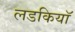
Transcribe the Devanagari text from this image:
लडकियॉ